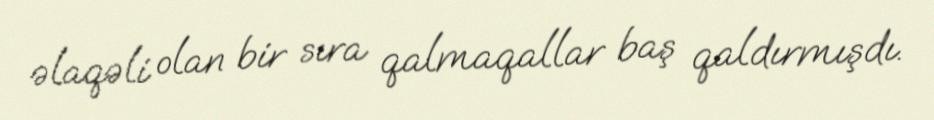
əlaqəli olan bir sıra qalmaqallar baş qaldırmışdı.